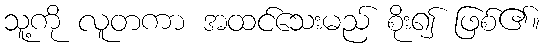
သူ့ကို လူတကာ အထင်သေးမည် စိုး၍ ဖြစ်၏။